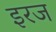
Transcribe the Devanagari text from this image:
इरज